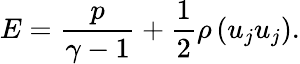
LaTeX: E=\frac{p}{\gamma-1}+\frac{1}{2}\rho\left(u_{j}u_{j}\right).